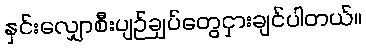
နှင်းလျှောစီးပျဉ်ချပ်တွေငှားချင်ပါတယ်။